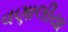
વણાલીયા